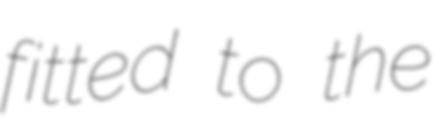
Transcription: fitted to the